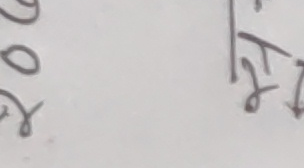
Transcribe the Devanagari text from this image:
७०४ र्छह